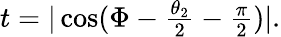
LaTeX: \begin{array}{r}{t=|\cos(\Phi-\frac{\theta_{2}}{2}-\frac{\pi}{2})|.}\end{array}